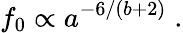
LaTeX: f_{0}\propto a^{-6/\left(b+2\right)}\; .